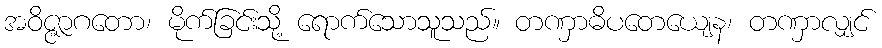
အဝိဇ္ဇာဂတော၊ မိုက်ခြင်းသို့ ရောက်သောသူသည်။ တဏှာဓိပတေယျေန၊ တဏှာလျှင်